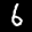
Label: 6